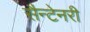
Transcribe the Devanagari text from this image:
सैन्टेनरी